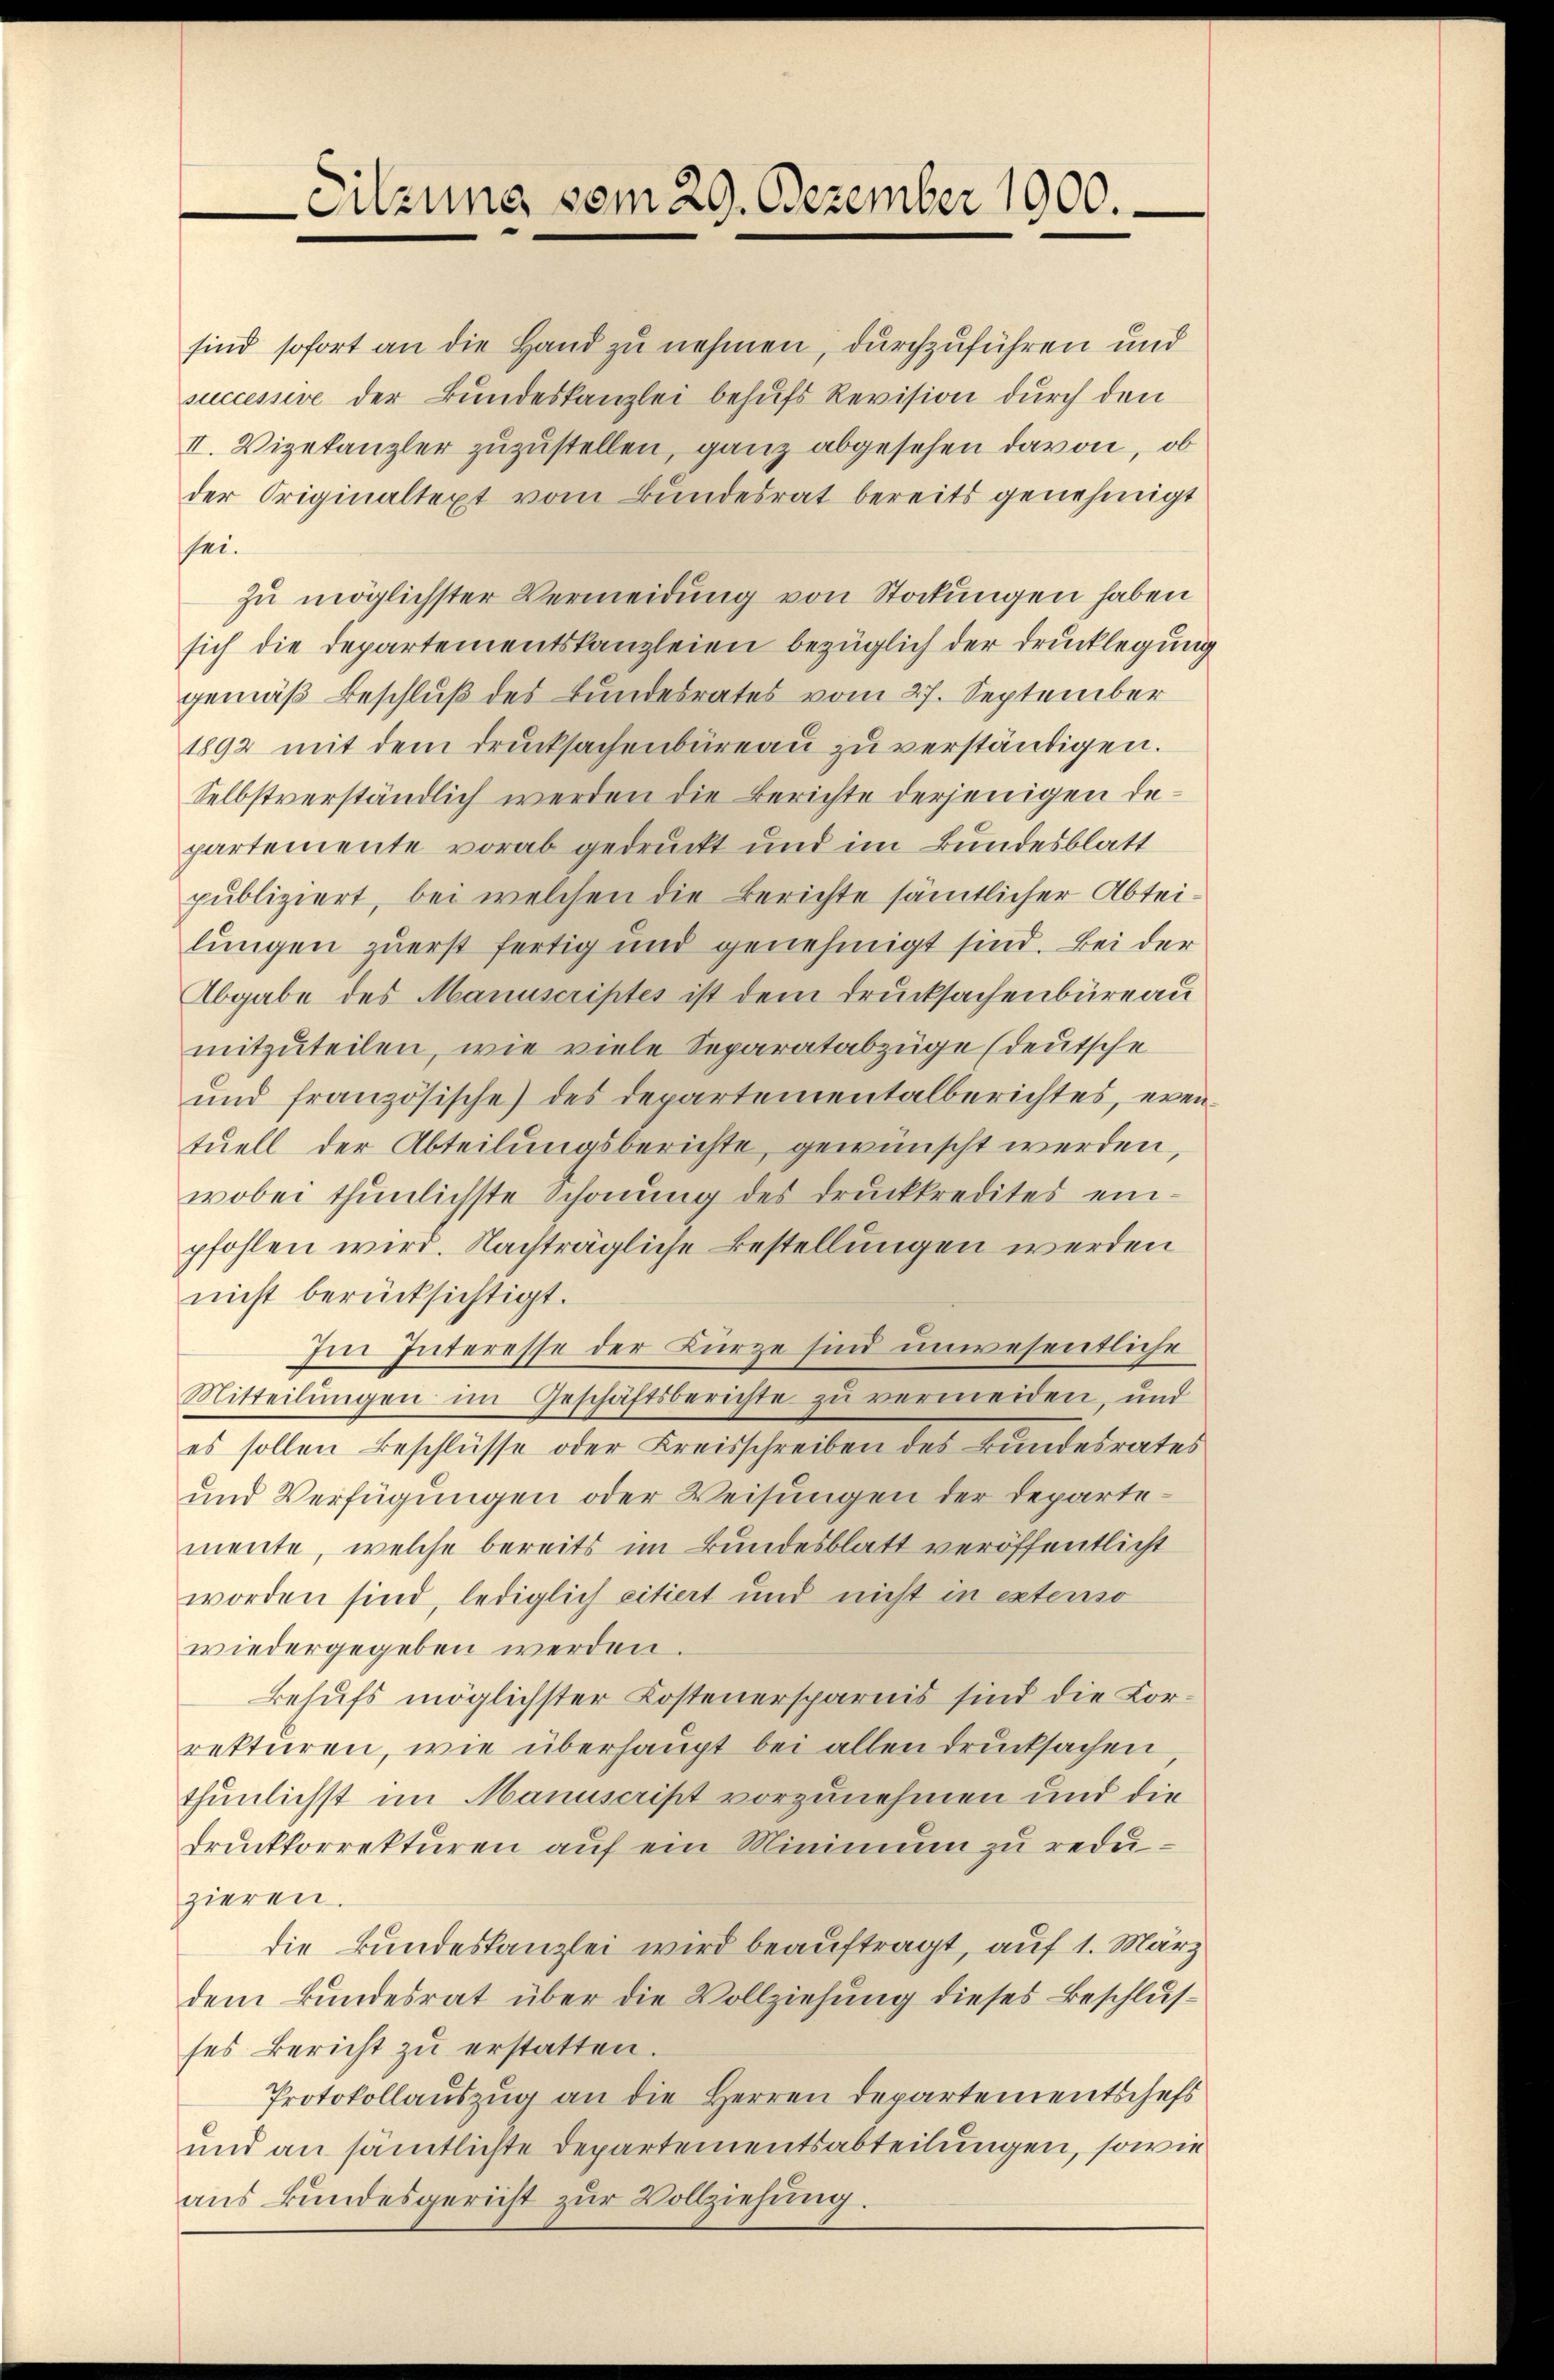
Sitzung vom 29. Dezember 1900.

successive der Bundeskanzlei behufs Revision durch den
II. Vizekanzler zuzustellen, ganz abgesehen davon, ob
der Originaltext vom Bundesrat bereits genehmigt
sei.
zu möglichster Vermeidung von Stockungen haben
sich die Departementskanzleien bezüglich der Drucklegun
gemäß Beschluß des Bundesrates vom 27. September
1892 mit dem Drucksachenbüreau zu verständigen.
Selbstverständlich werden die Berichte derjenigen departemente vorab gedruckt und im Bundesblatt
publiziert, bei welchen die Berichte sämtlicher Abtei-
lungen zuerst fertig und genehmigt sind. Bei der
Abgabe des Manuscriptes ist dem Drucksachenbüreau
mitzuteilen, wie viele Separatabzüge (deutsche
und französische des Departementalberichtes, even
tuell der Abteilungsberichte, gewünscht werden,
wobei thunlichste Schonung des Druckkredites einpfohlen wird. Nachträgliche Bestellungen werden
nicht berücksichtigt.
Im Interesse der Kürze sind unwesentliche
Mitteilungen im Geschäftsberichte zu vermeiden, und
es sollen Beschlüsse oder Kreisschreiben des Bundesrates
und Verfügungen oder Weisungen der Departemente, welche bereits im Bundesblatt veröffentlicht
worden sind, lediglich citiert und nicht in extenso
wiedergegeben werden.
Behufs möglichster Kostenersparnis sind die Korrekturen, wie überhaupt bei allen Drucksachen
thunlichst im Manuscript vorzunehmen und die
Druckkorrekturen auf ein Minimum zu reduzieren.
die kundeskanzlei wird beauftragt, auf 1. März
dem Bundesrat über die Vollziehung dieses Beschlusses Bericht zŭ erstatten.
Protokollaŭszŭg an die Herren Departementschefs
und an sämtlichte Departementsabteilungen, sowie
aus kundesgericht zur Vollziehung.

sind sofort an die Hand zu nehmen, durchzuführen und